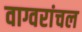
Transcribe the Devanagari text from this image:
वाग्वरांचल